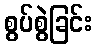
စွပ်စွဲခြင်း